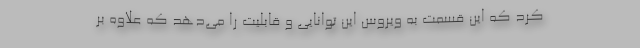
کرد که این قسمت به ویروس این توانایی و قابلیت را می‌دهد که علاوه بر